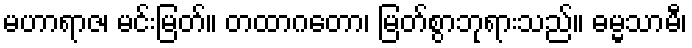
မဟာရာဇ၊ မင်းမြတ်။ တထာဂတော၊ မြတ်စွာဘုရားသည်။ ဓမ္မသာမီ၊